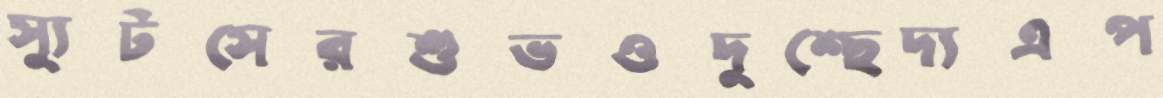
স্যুটসেরশুভওদুশ্ছেদ্যএপ